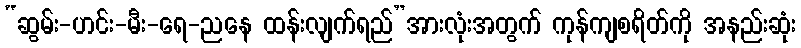
“ဆွမ်း-ဟင်း-မီး-ရေ-ညနေ ထန်းလျက်ရည်”အားလုံးအတွက် ကုန်ကျစရိတ်ကို အနည်းဆုံး